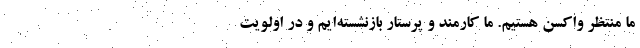
ما منتظر واکسن هستیم. ما کارمند و پرستار بازنشسته‌ایم و در اولویت